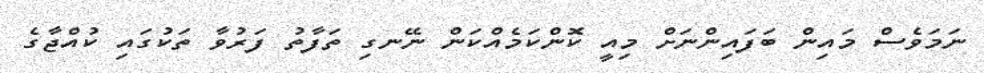
ނަމަވެސް މައިން ބަފައިންނަށް މިއީ ކޮންކަމެއްކަން ނޭނގި ތަފާތު ފަރުވާ ތަކުގައި ކުއްޖާގެ